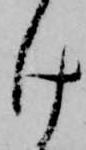
け